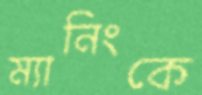
ম্যানিংকে